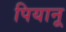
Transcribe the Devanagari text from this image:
पियानू